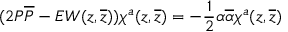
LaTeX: ( 2 { \cal P } { \overline { { { \cal P } } } } - E W ( z , \overline { { { z } } } ) ) \chi ^ { a } ( z , \overline { { { z } } } ) = - \frac { 1 } { 2 } \alpha \overline { { { \alpha } } } \chi ^ { a } ( z , \overline { { { z } } } )